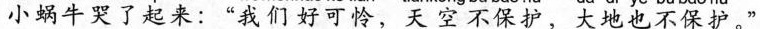
小蜗牛哭了起来：“我们好可怜，天空不保护，大地也不保护。”